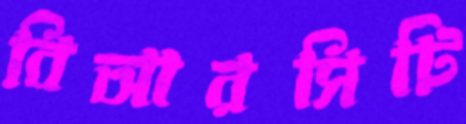
বিআরসিটি